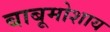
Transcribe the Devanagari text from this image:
बाबूमोशाय